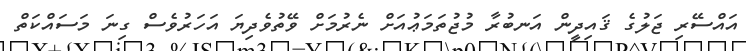
އައްސޭރި ޖަލުގެ ޤައިދީން އަނބުރާ މުޖުތަމަޢުއަށް ނެރުމަށް ވޭތުވެދިޔަ އަހަރުވެސް ގިނަ މަސައްކަތް